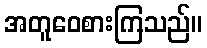
အတူဝေစားကြသည်။